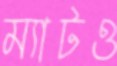
ম্যাটও